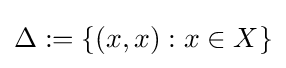
\Delta :=\{(x,x):x\in X\}